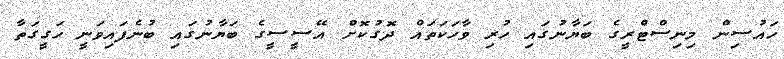
ހައުސިން މިނިސްޓްރީގެ ބަޔާނުގައި ހުރި ވާހަކަތައް ދޮގުކޮށް އޭސީސީގެ ބަޔާނުގައި ބުނެފައިވަނީ ހަގީގަތާ